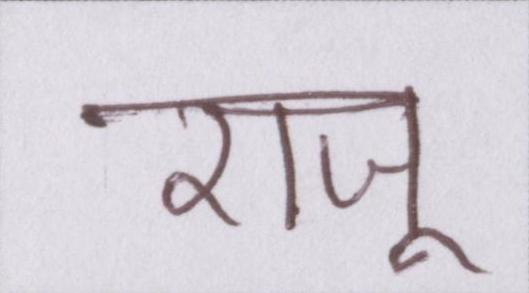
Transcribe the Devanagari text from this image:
राजू